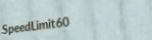
SpeedLimit60